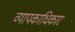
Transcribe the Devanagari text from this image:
व्यापकाधिकार